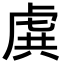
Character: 𧆾